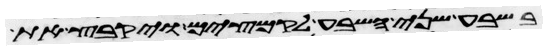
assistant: בשבע שני השבע לקמצים ויקבץ את